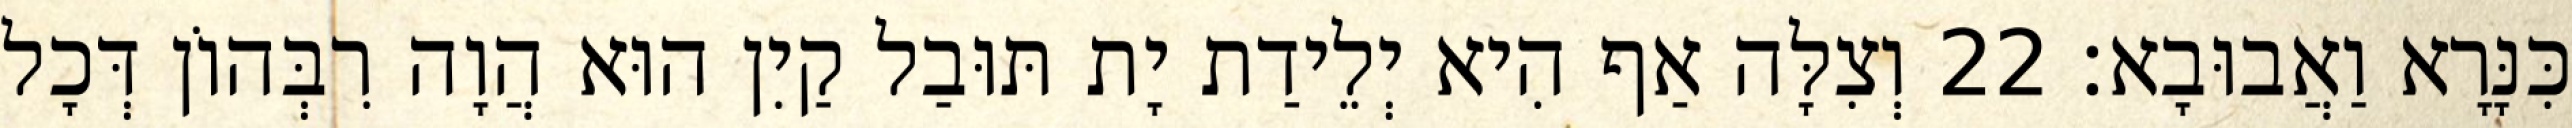
כִּנָּרָא וַאֲבוּבָא׃ 22 וְצִלָּה אַף הִיא יְלֵידַת יָת תּוּבַל קַיִן הוּא הֲוָה רִבְּהוֹן דְּכָל